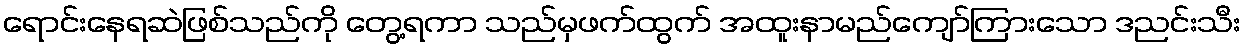
ရောင်းနေရဆဲဖြစ်သည်ကို တွေ့ရကာ သည်မှဖက်ထွက် အထူးနာမည်ကျော်ကြားသော ဒညင်းသီး